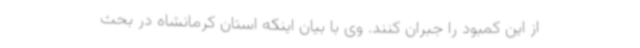
از این کمبود را جبران کنند. وی با بیان اینکه استان کرمانشاه در بحث